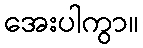
အေးပါကွာ။